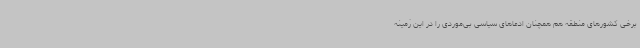
برخی کشورهای منطقه هم همچنان ادعاهای سیاسی بی‌موردی را در این زمینه